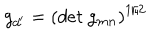
LaTeX: g _ { d ^ { \prime } } = \left( d e t ~ g _ { m n } \right) ^ { 1 / 2 }